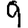
Digit: 9